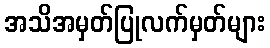
အသိအမှတ်ပြုလက်မှတ်များ